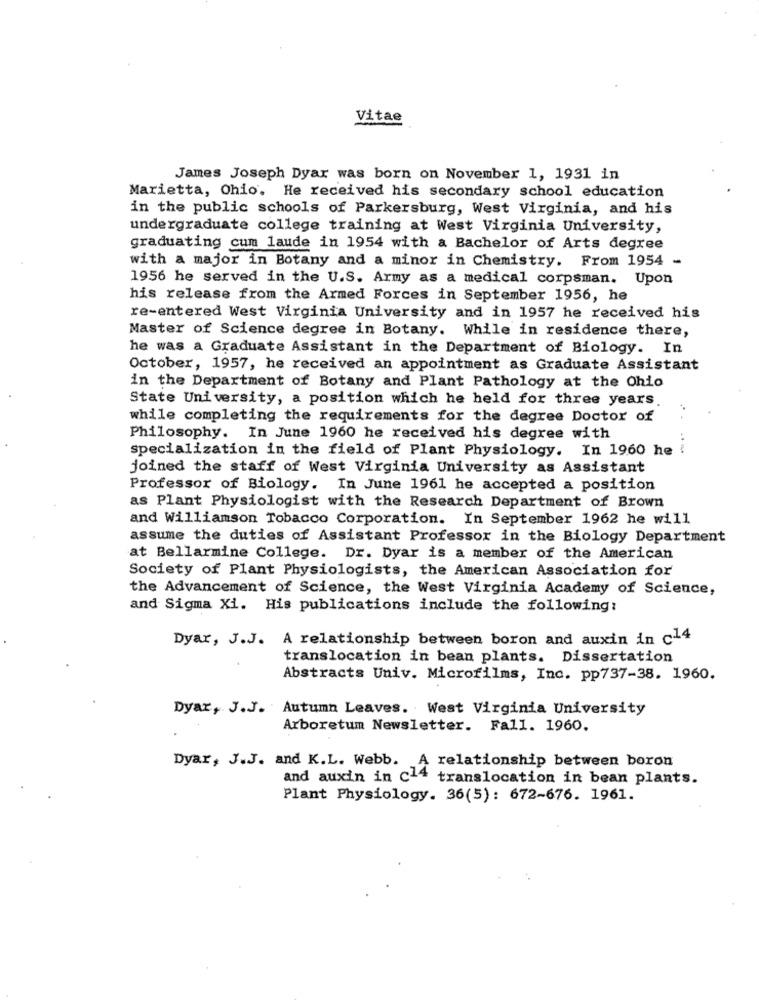
Vitae
James Joseph Dyar was born on November 1, 1931 in
Marietta, Ohio. He received his secondary school education
in the public schools of Parkersburg, West Virginia, and his
undergraduate college training at West Virginia University,
graduating cum laude in 1954 with a Bachelor of Arts degree
with a major in Botany and a minor in Chemistry. From 1954 -
1956 he served in the U.S. Army as a medical corpsman. Upon
his release from the Armed Forces in September 1956, he
re-entered West Virginia University and in 1957 he received his
Master of Science degree in Botany. While in residence there,
he was a Graduate Assistant in the Department of Biology. In
October, 1957, he received an appointment as Graduate Assistant
in the Department of Botany and Plant Pathology at the Ohio
State University, a position which he held for three years.
while completing the requirements for the degree Doctor of
Philosophy. In June 1960 he received his degree with
specialization in the field of Plant Physiology. In 1960 he
--
joined the staff of West Virginia University as Assistant
Professor of Biology. In June 1961 he accepted a position
as Plant Physiologist with the Research Department of Brown
and Williamson Tobacco Corporation. In September 1962 he will
assume the duties of Assistant Professor in the Biology Department
at Bellarmine College. Dr. Dyar is a member of the American
Society of Plant Physiologists, the American Association for
the Advancement of Science, the West Virginia Academy of Science,
and Sigma Xi. His publications include the following:
Dyar, J.J. A relationship between boron and auxin in c14
translocation in bean plants. Dissertation
Abstracts Univ. Microfilms, Inc. pp737-38. 1960.
Dyar, J.J. Autumn Leaves. West Virginia University
Arboretum Newsletter. Fall. 1960.
Dyar, J.J. and K.L. Webb.
.A relationship between boron
and auxin in c14 translocation in bean plants.
Plant Physiology. 36(5): 672-676. 1961.